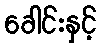
ခေါင်းနှင့်